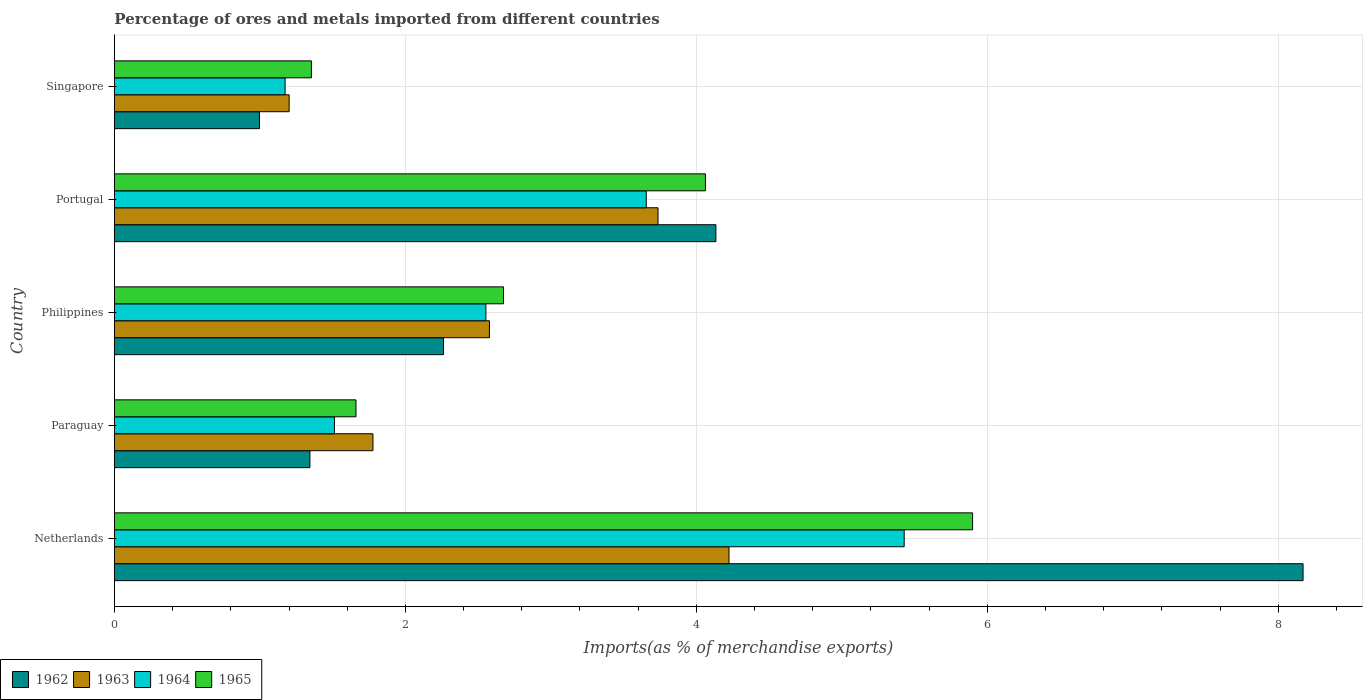
| Country | 1962 | 1963 | 1964 | 1965 |
 | --- | --- | --- | --- | --- |
 | Netherlands | 8.17 | 4.22 | 5.43 | 5.9 |
 | Paraguay | 1.34 | 1.78 | 1.51 | 1.66 |
 | Philippines | 2.26 | 2.58 | 2.55 | 2.67 |
 | Portugal | 4.13 | 3.74 | 3.66 | 4.06 |
 | Singapore | 0.997 | 1.2 | 1.17 | 1.35 |